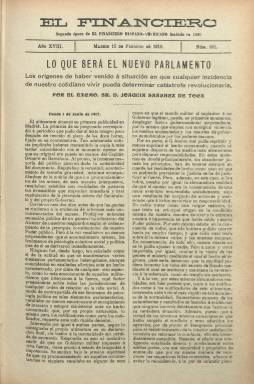
Título: El Financiero (Madrid)
Colección: Economía || Periódicos
Ámbito geográfico: Madrid
Lugar de publicación: Madrid
Fechas: 15/02/1918-27/07/1936

Este semanario apareció en 1918 con este nombre como continuación de El Financiero Hispano-Americano, que a su vez había sucedido a El Economista Hispano-Americano, fundado en 1901. Se trata de una publicación especializada en asuntos económicos y monetarios de perfil político conservador que contaba con una amplia nómina de colaboradores y que dirigía el periodista y escritor económico José García Ceballos Teresi.

   La publicación, que empezó con 16 o 20 página por número, fue aumentando su paginación debido a la abundante publicidad que conseguía de todo tipo de industrias y negocios, lo que le permitía mantenerse pese a tratarse de un medio de audiencia restringida por su alto nivel de especialización.

   La vida económica de todas las provincias de España puede rastrearse en sus páginas. No sólo en las de información sino también en las dedicadas a anuncios, donde pueden verse fotografías de maquinaria y de operarios. Así, en un número de 100 páginas publicado el 30 de septiembre de 1921 hay un suplemento ampliamente ilustrado dedicado a la provincia de Alicante en el que, por ejemplo, puede verse en la página 79 a las trabajadoras de una fábrica de alpargatas.

  El semanario no sólo se ocupó la vida económica nacional sino también de la mundial. Contaba con sucursales en Nueva  York y las principales capitales europeas, así  como en  La Habana y Caracas.

   Ceballos Teresi fue un prolífico autor de libros de temática económica y monetaria. Para hacerse una idea de su abundante producción basta con consultar el catálogo de la BNE, en el que se ven títulos como  Historia Económica Financiera y Política de España en el siglo XX, en ocho tomos (1932); Libro del Ahorro, Las Cajas de Ahorros Benéficas de España (1929); Política y Economía, temas del momento (1934) con una fotografía del autor en portada; o Primo de Rivera, el providencialismo místico, con artículos publicados por El Financiero.

   En el número de 17 de abril de 1931, tras la proclamación de la República, el semanario incluyó un artículo en portada de su director en el que dejaba clara su actitud. Señalaba que había sido fiel a la Monarquía y creía en ella, pero que siguiendo la doctrina católica y las indicaciones del Papa León XIII acataba el poder constituido y colaboraría con el Gobierno republicano con el fin de que “la nación perdure a todo resguardo de una guerra civil”.

    En 1935 la publicación pasó a ser diaria, aunque no duraría mucho dado que acabó desapareciendo al inicio de la Guerra Civil. Sus talleres, en los que se imprimía el semanario Arriba, órgano de Falange Española, fueron incautados.

  Sólo cinco números pudo publicar el periódico tras la rebelión militar del 18 de julio de 1936. Entre las noticias sobre los acontecimientos bélicos, que era lógicamente la mayor preocupación del país, siguió dando información económica y reportajes curiosos como el que lleva por título “Cómo inventó Casanova la Lotería Nacional”, publicado el 24 de julio.

    El último número que posee la BNE, del 27 de julio de 1936 y quizá el último que se publicó, incluye un artículo de Ceballos Teresi en el que declaraba acatar y colaborar con la legalidad constituida. “En esta casa, en El Financiero, jamás hubo fascistas”, asegura. No le sirvió para salvar la vida. Quizá la cercanía con los falangistas por compartir talleres le perjudicó. Su nombre aparece entre los asesinados por el Frente Popular en Madrid, según la relación incluida en el libro Checas de Madrid, de César Vidal.

[Descripción publicada el 7/2/2020]